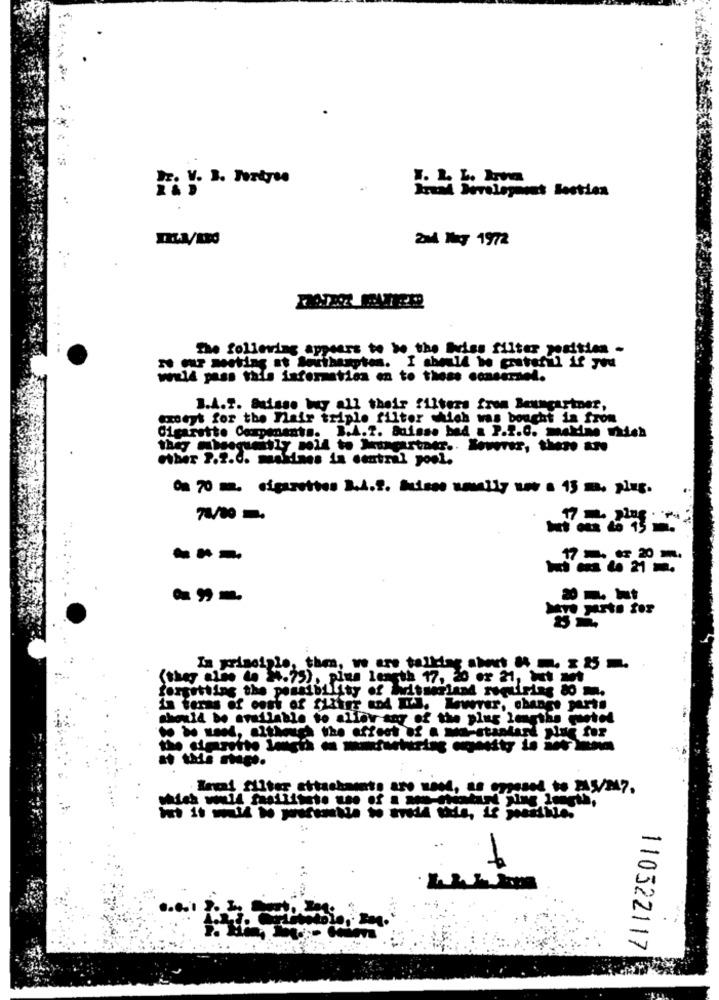
2M4 Ng 1972
The following appears to be the boss filter position -
will pass this information en to these consernel.
B.A.f. Suisse wcy all their filters from Baumgartner,
exeyt for the Flair triple filter which was bought in from
Cigarette Components. B.A.2. Suisse bed & P.2.C. makine nich
ether 2.2.6. maidnes in central pool.
On 70 m, cigarettes 3.4. f. Baisse nomally war a 15 m, plug.
74/80 -
---
Jane parts for
In priseişle, then, we are talking shet & m. 1 85 -
(they also de >4.75), plus length 17, 20 or 21, Mt
forgetting the possibility of
in terms of cost of fläfre und LIJ. Mewrer, change parts
should be available to allar any of the plus lengths tel
the damit it
110322117